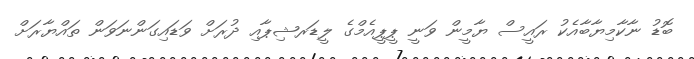
ބޮޑު ނާކާމިޔާބާއެކު ރައީސް ޔާމީން ވަނީ ޕީޕީއެމްގެ ލީޑަރޝިޕާއި ދުރަށް ވަޑައިގަންނަވަން ތައްޔާރަށް